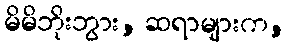
မိမိဘိုးဘွား, ဆရာများက,